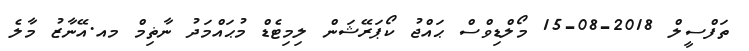
ތަފްސީލް 2018-08-15 މޯލްޑިވްސް ޙައްޖު ކޯޕަރޭޝަން ލިމިޓެޑް މުޙައްމަދު ނާޡިމް މއ.އޭނާޒު މާލެ